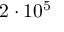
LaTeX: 2 \cdot 1 0 ^ { 5 }